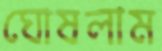
ঘোষলাম